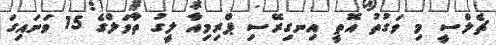
ޗެލްސީ މި ވަގުުތު އޮތީ އިނގިރޭސި ޕްރިމިއާ ލީގު ތާވަލްގެ 15 ވަނައިގަ